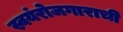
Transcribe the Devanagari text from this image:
स्वयंरोजगाराची